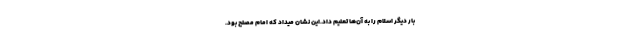
بار دیگر اسلام را به آن‌ها تعلیم داد.این نشان میداد که امام مصلح بود.